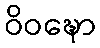
ဝိဝဍ္ဎော